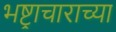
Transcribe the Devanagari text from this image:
भष्ट्राचाराच्या